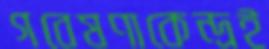
গবেষণাকেন্দ্রই